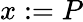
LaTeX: x:=P